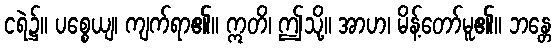
ငရဲ၌။ ပစ္စေယျ၊ ကျက်ရာ၏။ ဣတိ၊ ဤသို့။ အာဟ၊ မိန့်တော်မူ၏။ ဘန္တေ